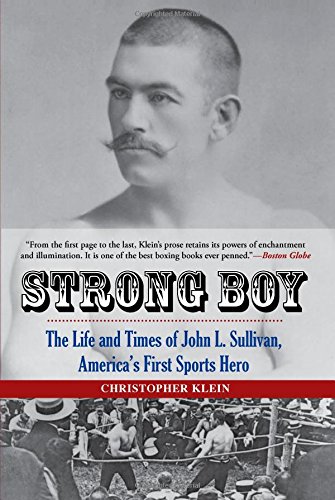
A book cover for Strong Boy: The Life and Times of John L. Sullivan, America's First Sports Hero; Christopher Klein; Biographies & Memoirs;